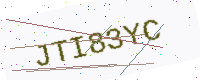
Text: JTI83YC